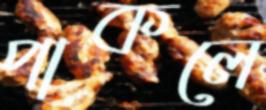
পাকলে